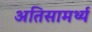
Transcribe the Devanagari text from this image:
अतिसामर्थ्य